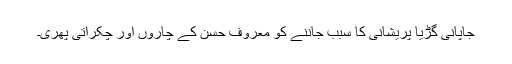
جاپانی گڑیا پریشانی کا سبب جاننے کو معروف حسن کے چاروں اور چکراتی پھری۔